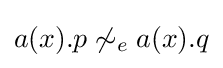
a(x).p\not \sim _{e}a(x).q